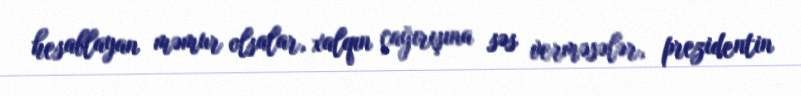
hesablayan məmur olsalar, xalqın çağırışına səs verməsələr, prezidentin